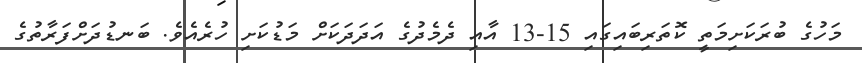
މަހުގެ ބުރަކަށިމަތީ ކޮތަރިބައިގައި 15-13 އާއި ދެމެދުގެ އަދަދަކަށް މަޑުކަށި ހުރެއެވެ. ބަނޑުދަށްފަރާތުގެ